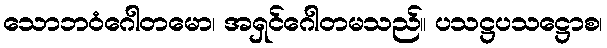
သောဘဝံဂေါတမော၊ အရှင်ဂေါတမသည်။ ပသဋ္ဌပသဋ္ဌောစ၊